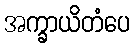
အက္ခာယိတံပေ